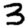
Digit: 3